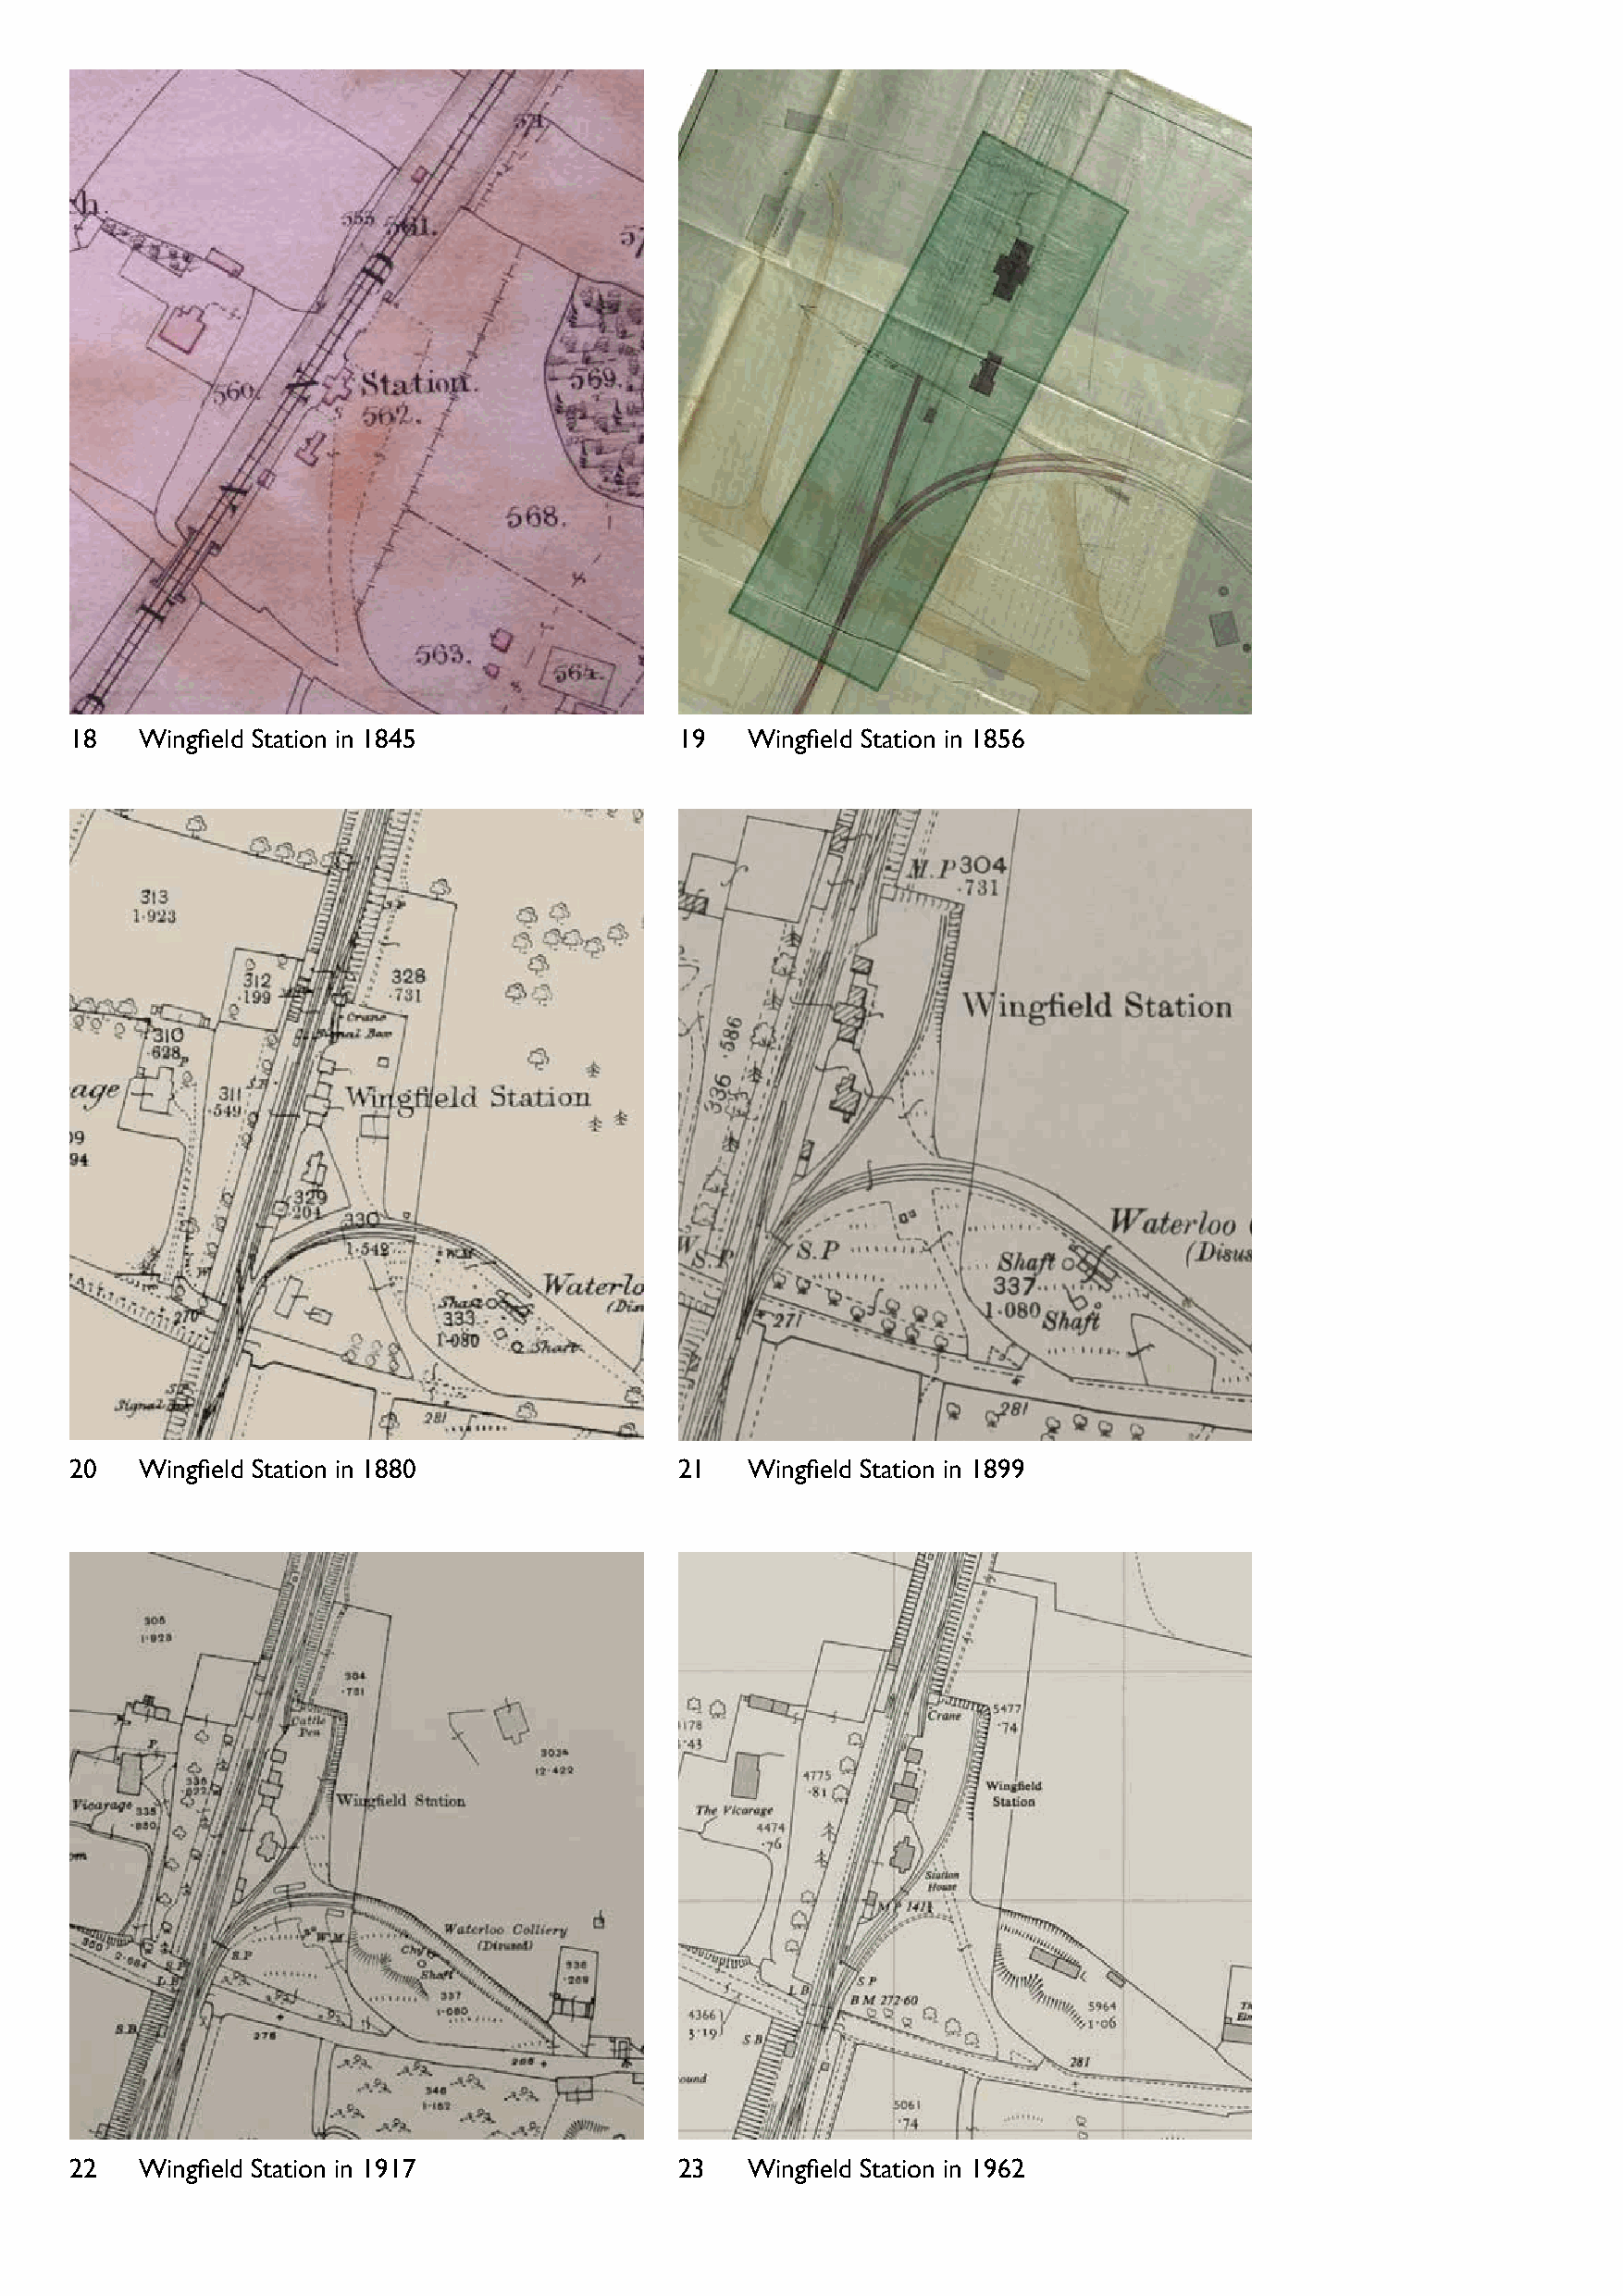
18   Wingfield Station in 1845              19  Wingfield Station in 1856
 20   Wingfield Station in 1880              21  Wingfield Station in 1899
 22   Wingfield Station in 1917              23  Wingfield Station in 1962